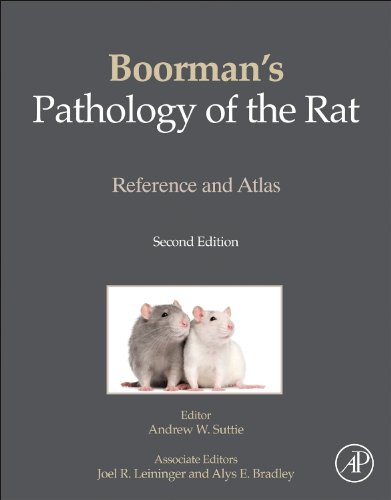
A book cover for Boorman's Pathology of the Rat, Second Edition: Reference and Atlas; Medical Books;